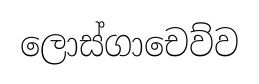
ලොස්ගාචෙව්ව